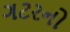
ગટરનો